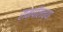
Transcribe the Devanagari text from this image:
रामपॉलच्या